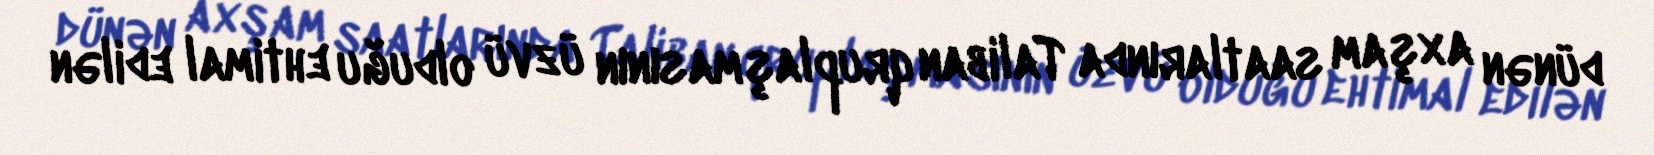
dünən axşam saatlarında Taliban qruplaşmasının üzvü olduğu ehtimal edilən